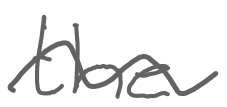
Text: the
Cross-out: wave
Writing tool: digital_gray